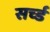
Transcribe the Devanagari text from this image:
सर्च्ड